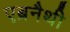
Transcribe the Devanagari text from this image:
एब्रनैथी